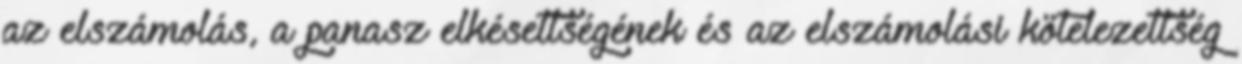
az elszámolás, a panasz elkésettségének és az elszámolási kötelezettség